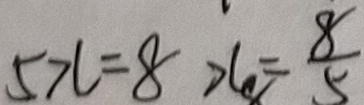
5 x = 8 x = \frac { 8 } { 5 }